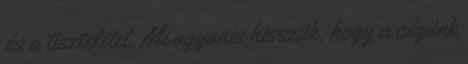
és a tiszteletet. Mi ugyanis hisszük, hogy a cégünk